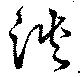
淡